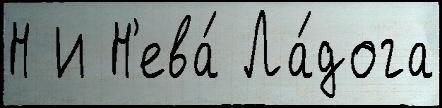
Н И Н'ева́ Ла́дога